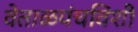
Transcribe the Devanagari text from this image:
वेताळपंचविशी